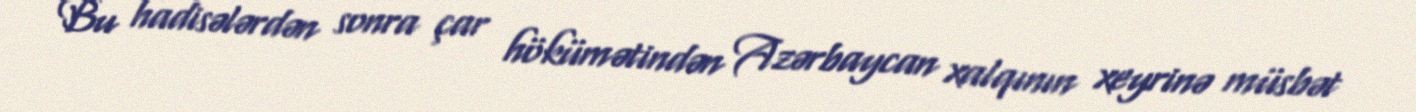
Bu hadisələrdən sonra çar hökümətindən Azərbaycan xalqının xeyrinə müsbət